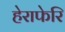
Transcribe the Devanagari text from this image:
हेराफेरि